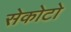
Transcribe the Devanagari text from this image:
सेकोटो